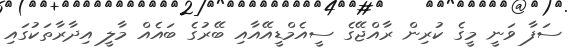
ސަފާ ވަނީ މީގެ ކުރިން ރާއްޖޭގެ ސީއެމްޑީއޭއާއި ބޭރުގެ ބައެއް މާލީ އިދާރާތަކުގައި